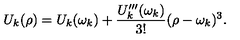
U _ { k } ( \rho ) = U _ { k } ( \omega _ { k } ) + \frac { U _ { k } ^ { \prime \prime \prime } ( \omega _ { k } ) } { 3 ! } ( \rho - \omega _ { k } ) ^ { 3 } .